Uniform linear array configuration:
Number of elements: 64
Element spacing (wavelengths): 1
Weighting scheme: blackman
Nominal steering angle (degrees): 60
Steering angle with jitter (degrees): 61.39
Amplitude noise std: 0.05
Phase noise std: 0.05

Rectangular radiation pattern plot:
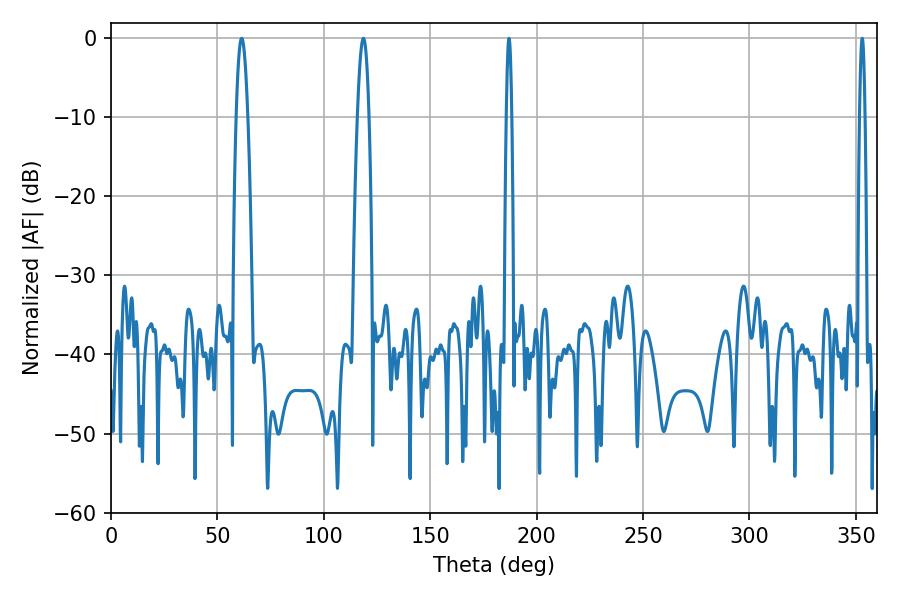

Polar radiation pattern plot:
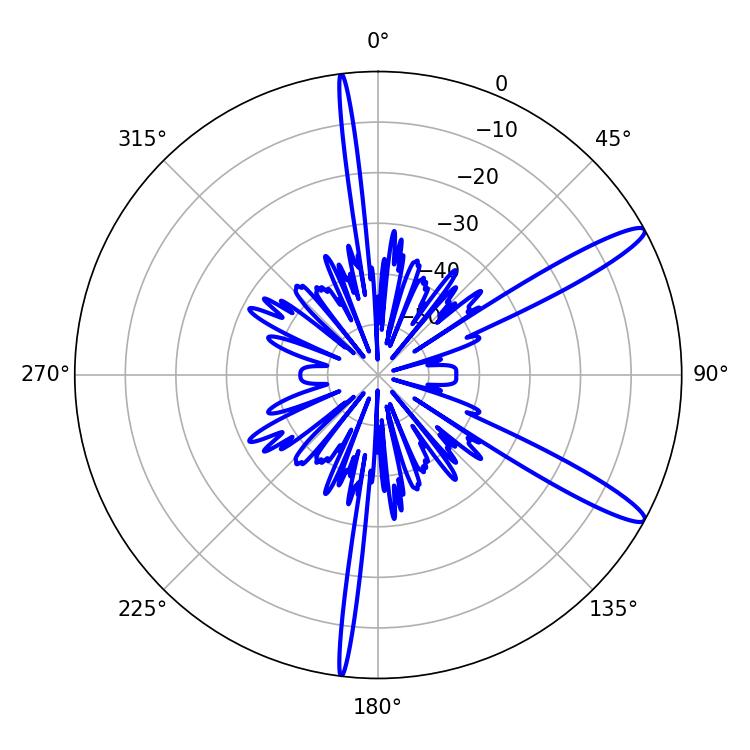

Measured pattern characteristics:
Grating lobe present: TRUE
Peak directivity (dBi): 13.303
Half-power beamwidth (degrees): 2.88
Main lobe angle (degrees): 61.38